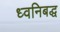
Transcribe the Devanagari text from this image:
ध्वनिबद्ध